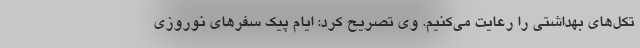
تکل‌های بهداشتی را رعایت می‌کنیم. وی تصریح کرد: ایام پیک سفرهای نوروزی